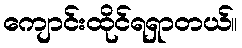
ကျောင်းထိုင်ရရှာတယ်။